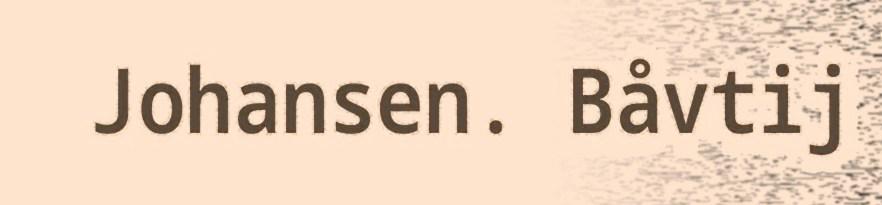
Johansen. Båvtij